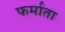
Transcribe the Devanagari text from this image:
फर्माता